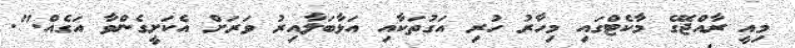
މިއީ ރާއްޖޭގެ މާކެޓްގައި މިހާރު ހުރި އަގުތަކާއި އަޅާބަލާއިރު ވަރަށް އެކަށީގެންވާ އަގެއް.".